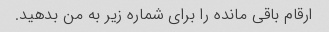
ارقام باقی مانده را برای شماره زیر به من بدهید.